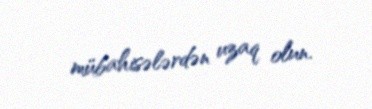
mübahisələrdən uzaq olun.